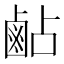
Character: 𪉜